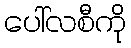
ပေါ်လစီကို